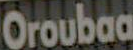
Oroubaa